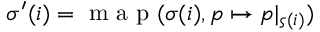
\sigma ^ { \prime } ( i ) = \textup { m a p } ( \sigma ( i ) , p \mapsto p | _ { \varsigma ( i ) } )